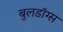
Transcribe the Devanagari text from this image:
बुलडॉग्स